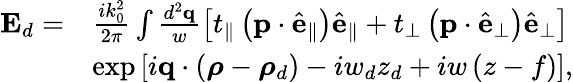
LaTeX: \begin{array}{rl}{\mathbf{E}_{d}=}&{\frac{ik_{0}^{2}}{2\pi}\int\frac{d^{2}\mathbf{q}}{w}\left[t_{\parallel}\left(\mathbf{p}\cdot\hat{\mathbf{e}}_{\parallel}\right)\hat{\mathbf{e}}_{\parallel}+t_{\perp}\left(\mathbf{p}\cdot\hat{\mathbf{e}}_{\perp}\right)\hat{\mathbf{e}}_{\perp}\right]}\\ &{\exp\left[i\mathbf{q}\cdot\left(\boldsymbol{\rho}-\boldsymbol{\rho}_{d}\right)-iw_{d}z_{d}+iw\left(z-f\right)\right],}\end{array}